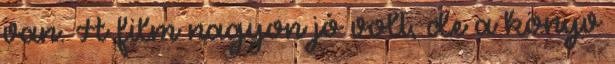
van. A film nagyon jó volt, de a könyv